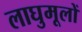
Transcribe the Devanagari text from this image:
लाघुमूलों